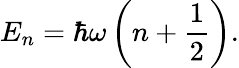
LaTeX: E_{n}=\hbar\omega\left(n+{\frac{1}{2}}\right).